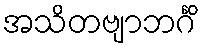
အသိတဗျာဘင်္ဂိံ